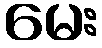
မေး